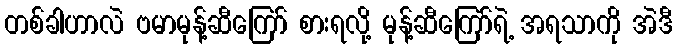
တစ်ခါဟာလဲ ဗမာမုန့်ဆီကြော် စားရလို့ မုန့်ဆီကြော်ရဲ့ အရသာကို အဲဒီ